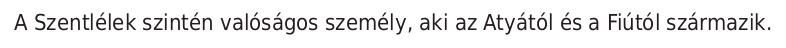
A Szentlélek szintén valóságos személy, aki az Atyától és a Fiútól származik.